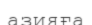
азияға